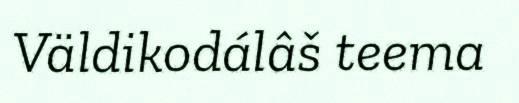
Väldikodálâš teema